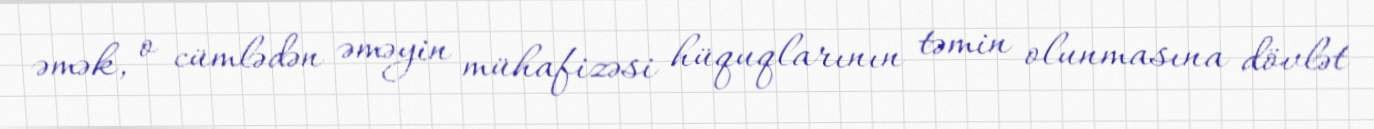
əmək, o cümlədən əməyin mühafizəsi hüquqlarının təmin olunmasına dövlət